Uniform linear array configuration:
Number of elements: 32
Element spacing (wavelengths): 0.5
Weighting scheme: kaiser
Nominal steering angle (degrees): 45
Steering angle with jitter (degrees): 46.747
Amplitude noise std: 0.05
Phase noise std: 0.05

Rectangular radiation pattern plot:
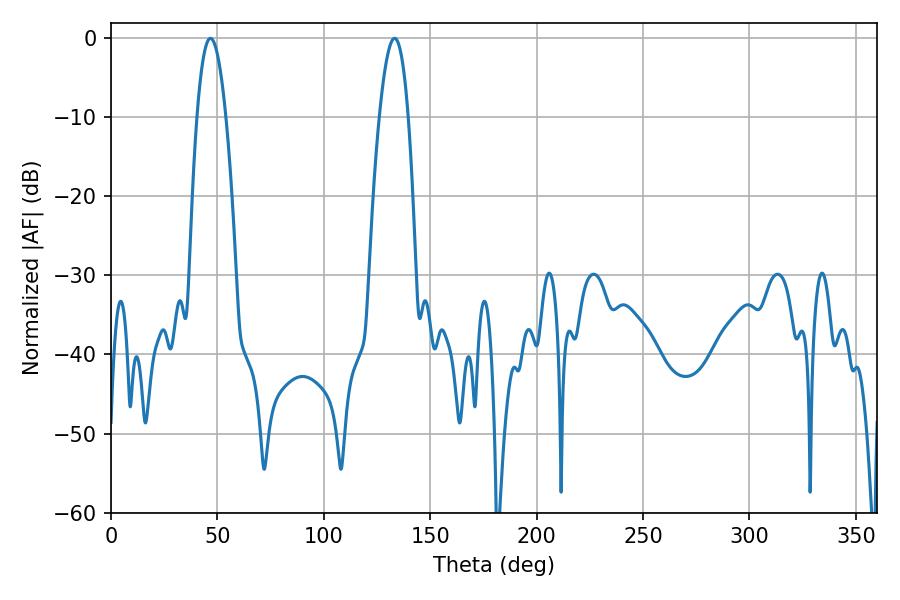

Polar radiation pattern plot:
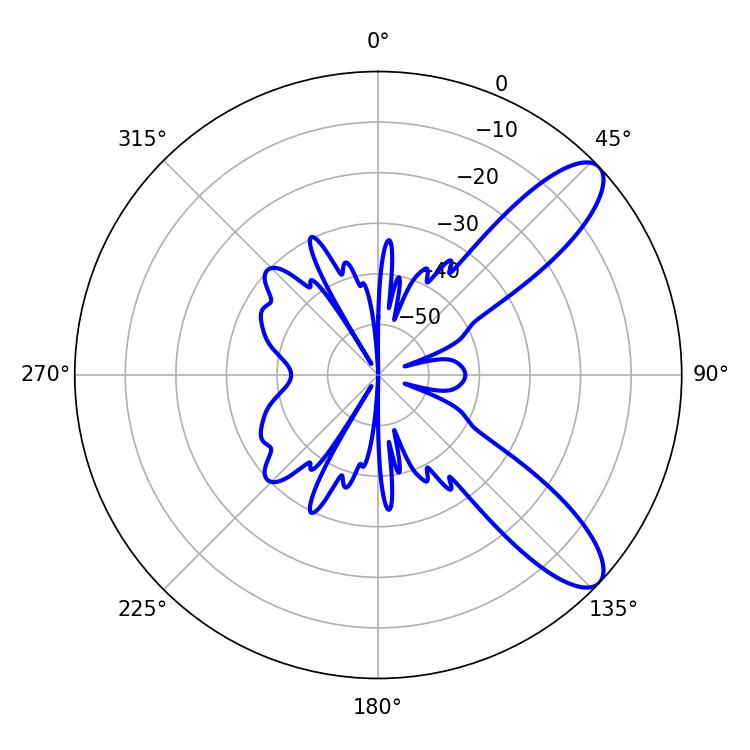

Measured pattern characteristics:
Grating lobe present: FALSE
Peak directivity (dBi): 9.901
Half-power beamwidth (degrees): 7.38
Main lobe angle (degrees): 133.2